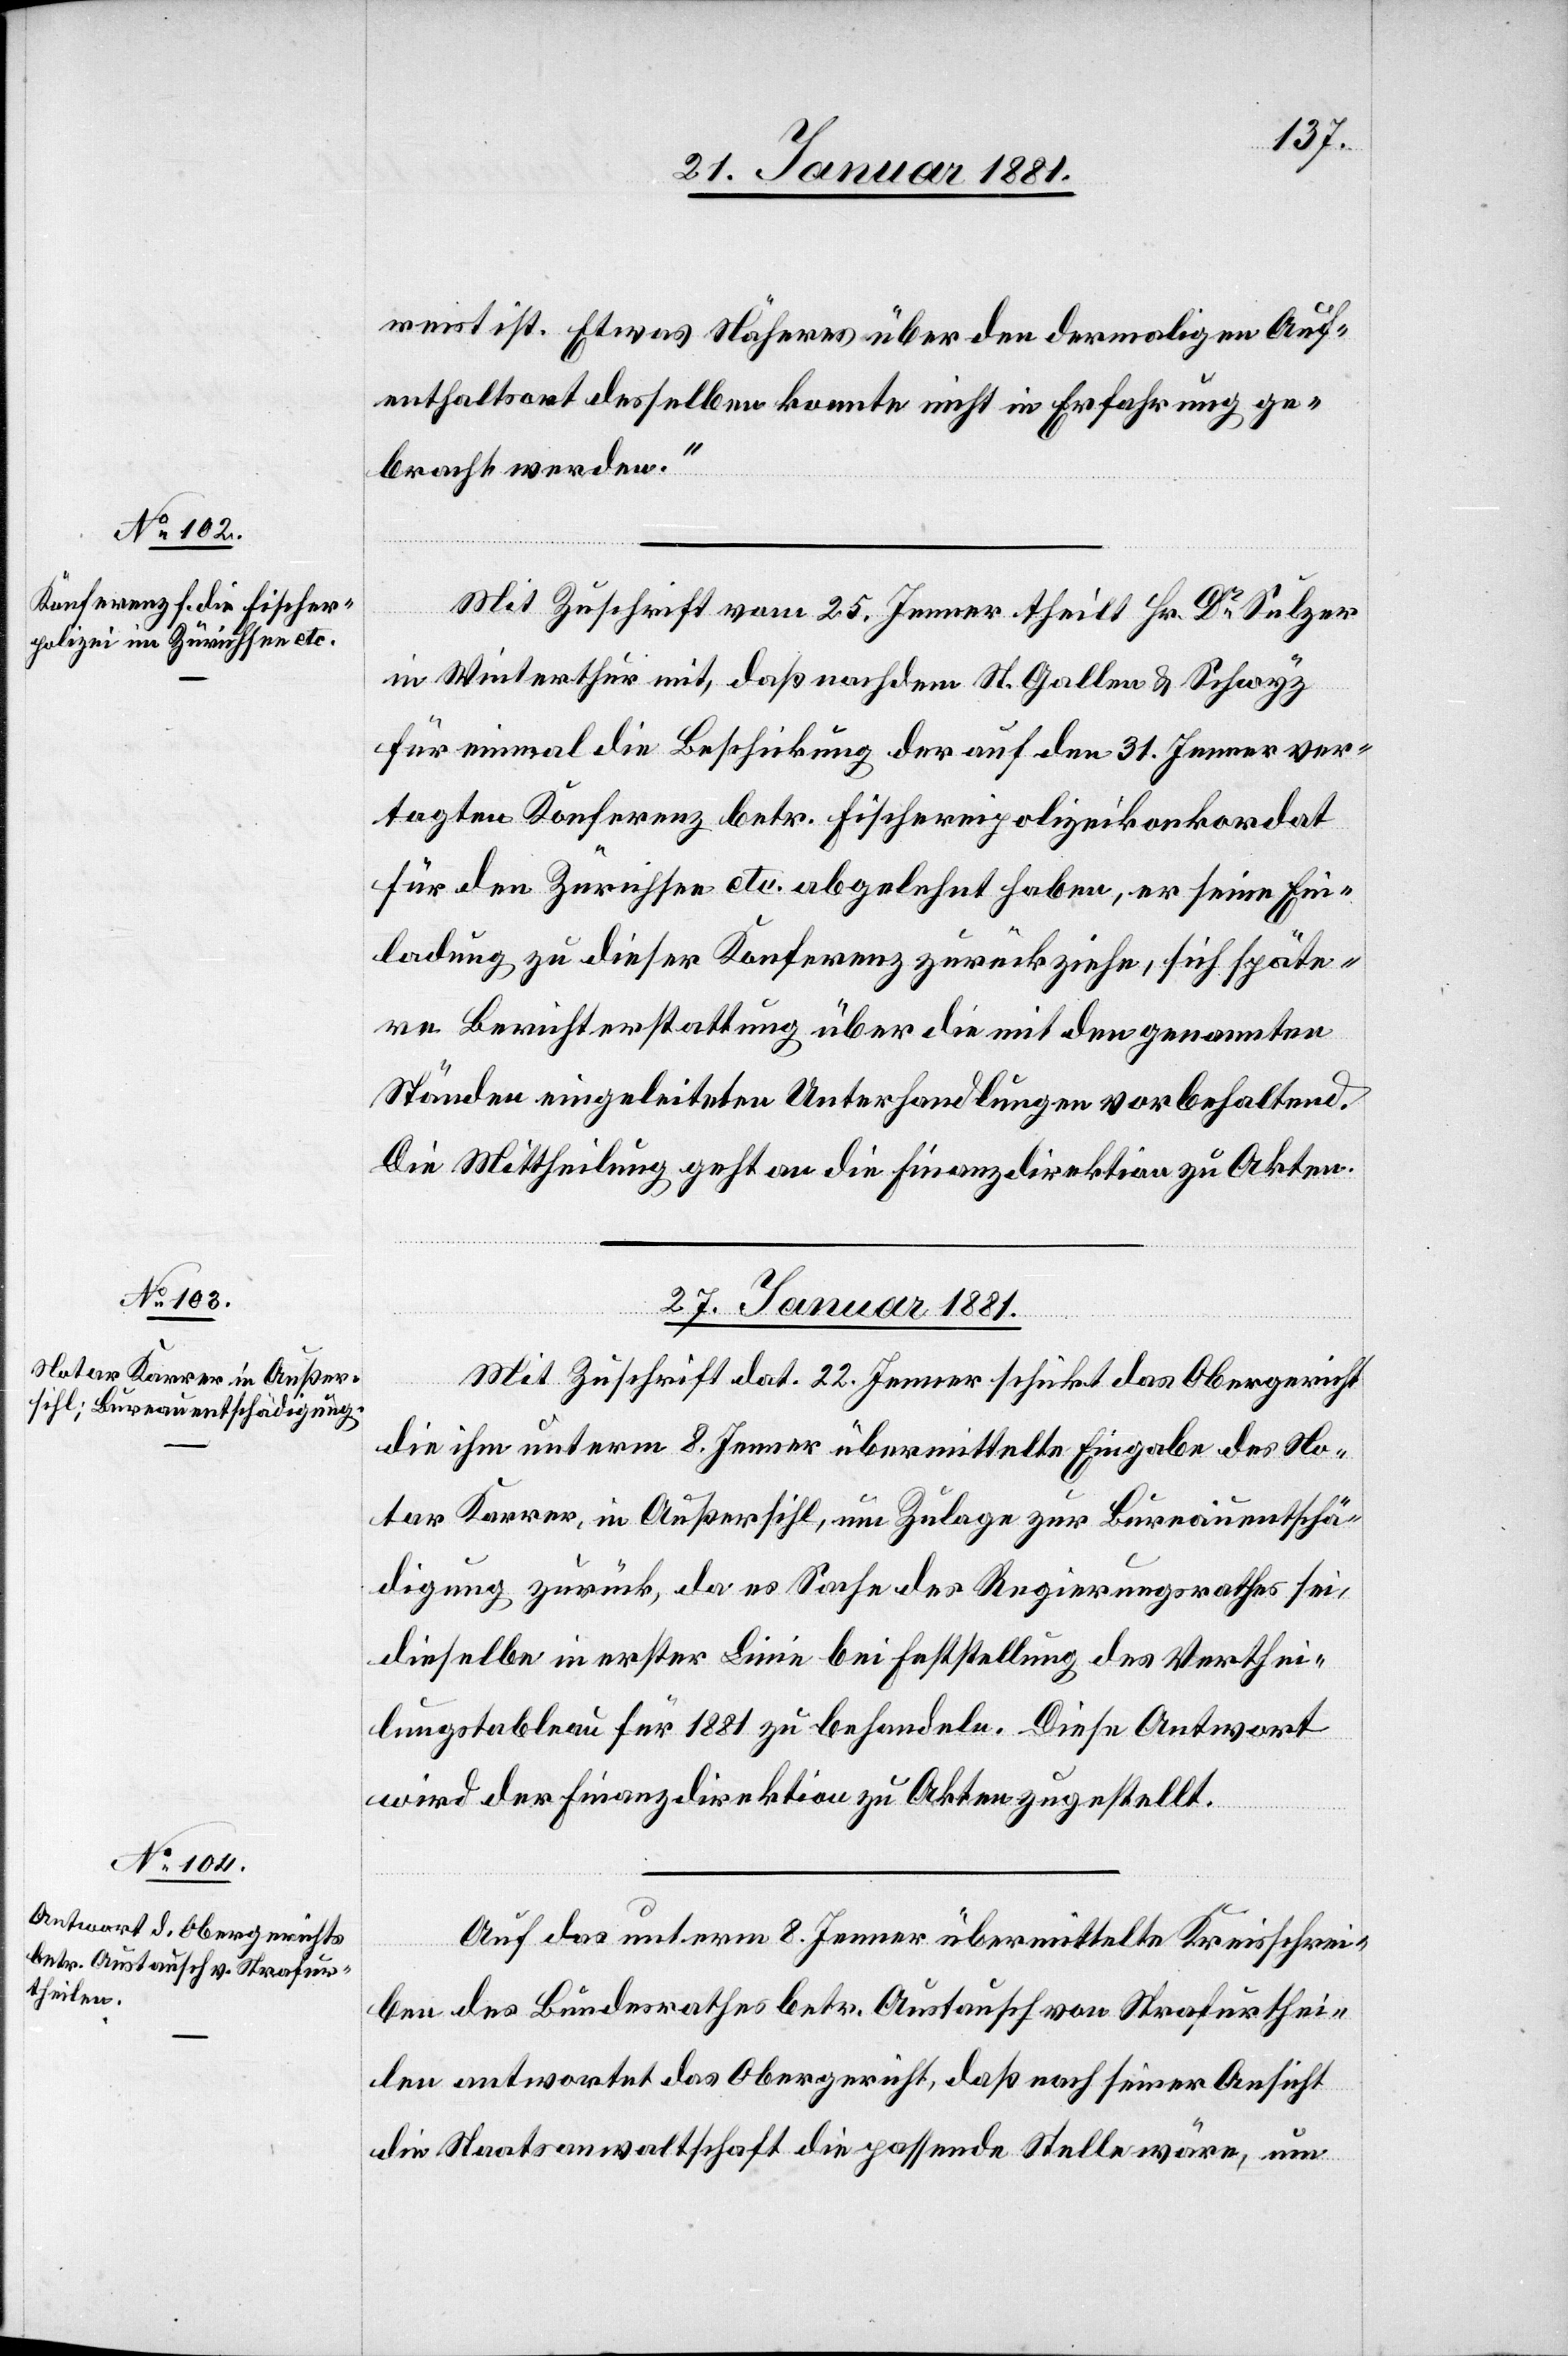
reist ist. Etwas Näheres über den dermaligen Auf¬
enthaltsort desselben konnte nicht in Erfahrung ge¬
bracht werden.“
Mit Zuschrift vom 25. Jenner theilt Hr. Dr Sulzer
in Winterthur mit, daß nachdem St. Gallen & Schwyz
für einmal die Beschickung der auf den 31. Jenner ver¬
tagten Konferenz betr. Fischereikonkordat
für den Zürichsee etc. abgelehnt haben, er seine Ein¬
ladung zu dieser Konferenz zurückziehe, sich späte¬
re Berichterstattung über die mit den genannten
Ständen eingeleiteten Unterhandlungen vorbehaltend.
Die Mittheilung geht an die Finanzdirektion zu Akten.
27. Januar 1881.]
Mit Zuschrift dat. 22. Jenner schickt das Obergericht
die ihm unterm 8. Jenner übermittelte Eingabe des No¬
tar Karrer, in Außersihl, um Zulage zur Bureauentschä¬
digung zurück, da es Sache des Regierungsrathes sei,
dieselbe in erster Linie bei Feststellung des Verthei¬
lungstableau für 1881 zu behandeln. Diese Antwort
wird der Finanzdirektion zu Akten zugestellt.
Auf das unterm 8. Jenner übermittelte Kreisschrei¬
ben des Bundesrathes betr. Austausch von Strafurthei¬
len antwortet das Obergericht, daß nach seiner Ansicht
die Staatsanwaltschaft die passende Stelle wäre, um